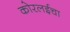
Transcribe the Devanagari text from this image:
कोरलईचा